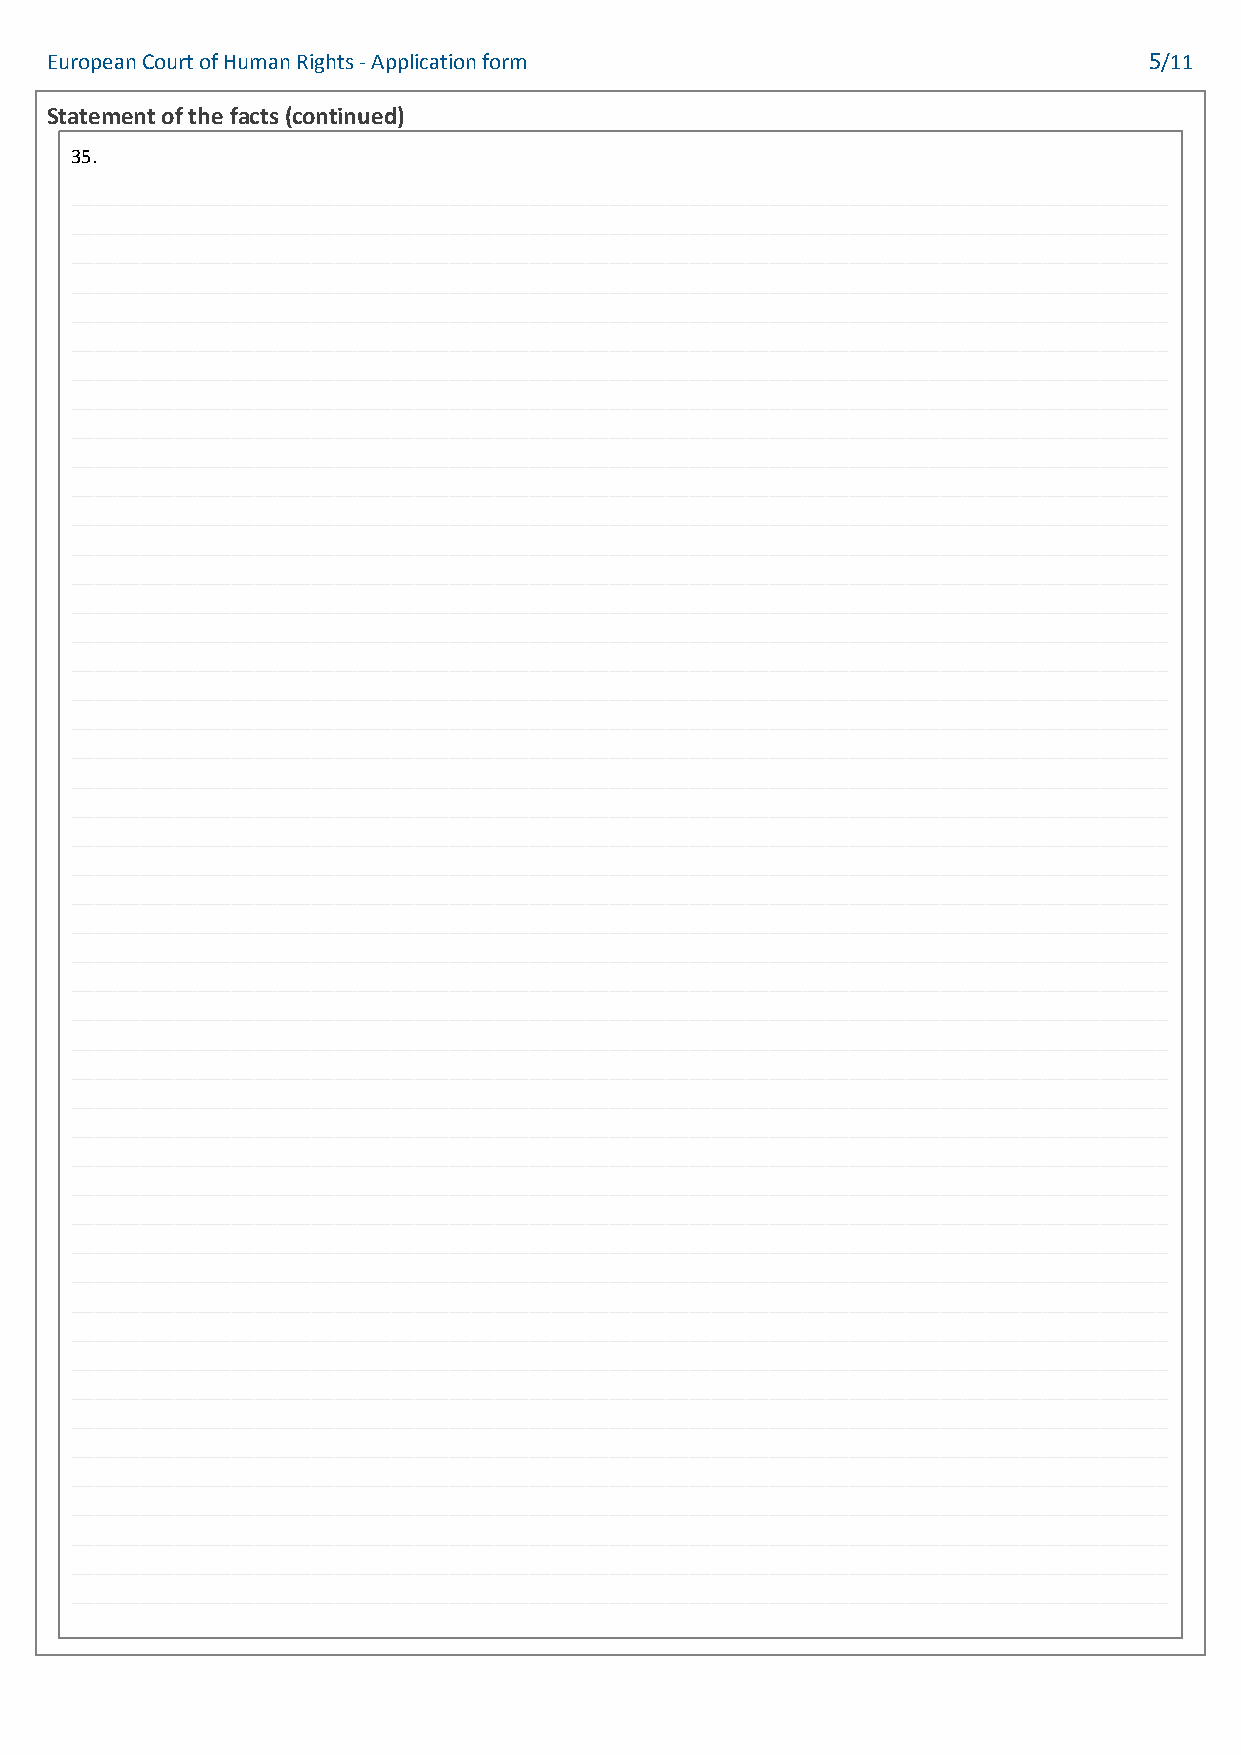
European Court of Human Rights - Application form                        5/11
 Statement of the facts (continued)
 35.
 ________________________________________________________________________________________________
 ________________________________________________________________________________________________
 ________________________________________________________________________________________________
 ________________________________________________________________________________________________
 ________________________________________________________________________________________________
 ________________________________________________________________________________________________
 ________________________________________________________________________________________________
 ________________________________________________________________________________________________
 ________________________________________________________________________________________________
 ________________________________________________________________________________________________
 ________________________________________________________________________________________________
 ________________________________________________________________________________________________
 ________________________________________________________________________________________________
 ________________________________________________________________________________________________
 ________________________________________________________________________________________________
 ________________________________________________________________________________________________
 ________________________________________________________________________________________________
 ________________________________________________________________________________________________
 ________________________________________________________________________________________________
 ________________________________________________________________________________________________
 ________________________________________________________________________________________________
 ________________________________________________________________________________________________
 ________________________________________________________________________________________________
 ________________________________________________________________________________________________
 ________________________________________________________________________________________________
 ________________________________________________________________________________________________
 ________________________________________________________________________________________________
 ________________________________________________________________________________________________
 ________________________________________________________________________________________________
 ________________________________________________________________________________________________
 ________________________________________________________________________________________________
 ________________________________________________________________________________________________
 ________________________________________________________________________________________________
 ________________________________________________________________________________________________
 ________________________________________________________________________________________________
 ________________________________________________________________________________________________
 ________________________________________________________________________________________________
 ________________________________________________________________________________________________
 ________________________________________________________________________________________________
 ________________________________________________________________________________________________
 ________________________________________________________________________________________________
 ________________________________________________________________________________________________
 ________________________________________________________________________________________________
 ________________________________________________________________________________________________
 ________________________________________________________________________________________________
 ________________________________________________________________________________________________
 ________________________________________________________________________________________________
 ________________________________________________________________________________________________
 ________________________________________________________________________________________________